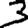
Digit: 3